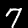
Digit: 7